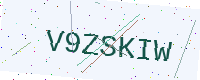
Text: V9ZSKIW